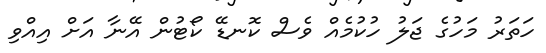
ހަތަރު މަހުގެ ޖަލު ހުކުމެއް ވެސް ކޮނޑޭ ކޯޓުން އޭނާ އަށް އިއްވި